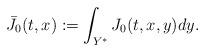
LaTeX: \begin{align*}\bar{J}_0 (t,x):= \int_{Y^{\ast}} J_0(t,x,y) dy.\end{align*}